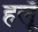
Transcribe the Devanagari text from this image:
हलूँ